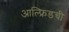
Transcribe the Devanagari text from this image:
आल्फ्रिडची